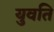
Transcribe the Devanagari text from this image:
युवति